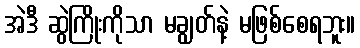
အဲဒီ ဆွဲကြိုးကိုသာ မချွတ်နဲ့ မဖြစ်စေရဘူး။